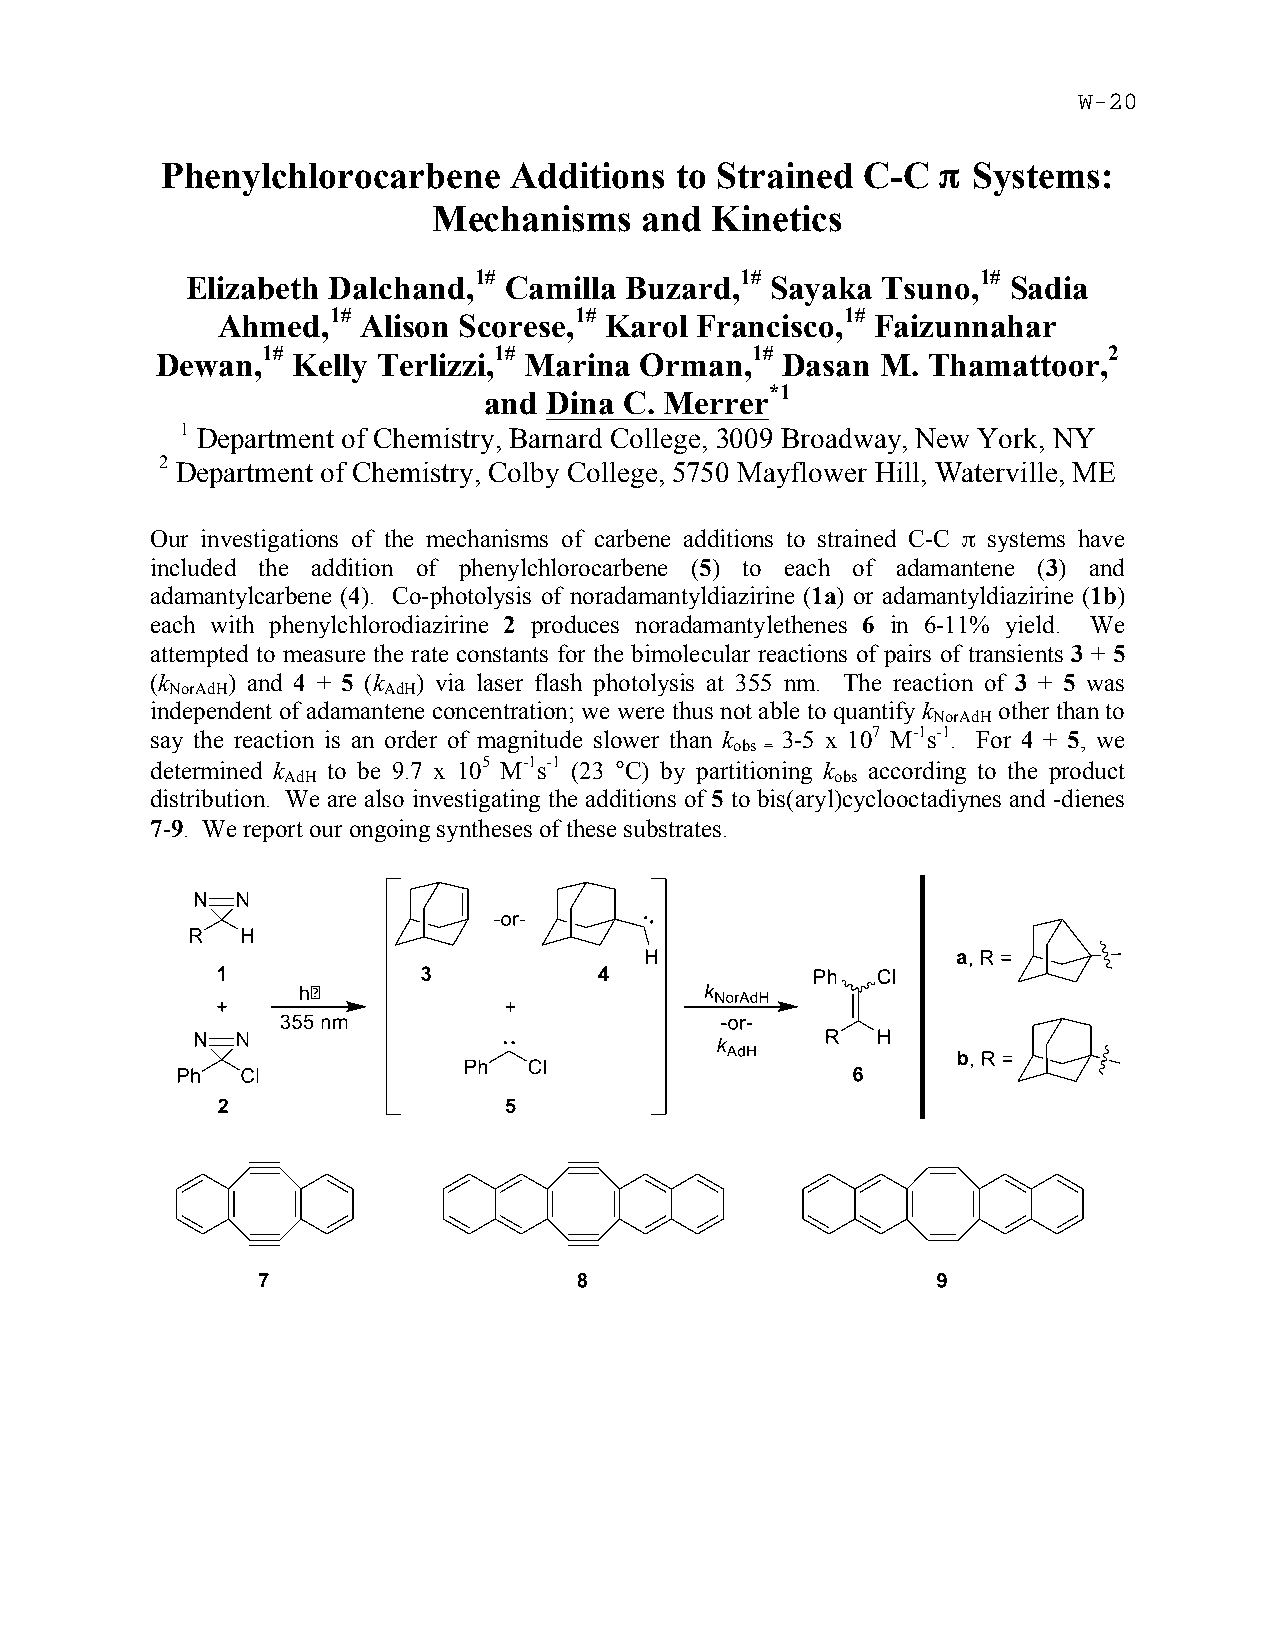
Phenylchlorocarbene    Additions  to Strained C-C  π Systems:
 Mechanisms   and  Kinetics
 1#                1#              1#
 Elizabeth Dalchand,  Camilla Buzard,   Sayaka Tsuno,   Sadia
 1#              1#                1#
 Ahmed,    Alison Scorese, Karol Francisco,  Faizunnahar
 1#              1#               1#                     2
 Dewan,   Kelly Terlizzi, Marina Orman,    Dasan M. Thamattoor,
 *1
 and Dina C. Merrer
 1 Department of Chemistry, Barnard College, 3009 Broadway, New York, NY
 2 Department of Chemistry, Colby College, 5750 Mayflower Hill, Waterville, ME
 Our investigations of the mechanisms of carbene additions to strained C-C π systems have
 included the addition of phenylchlorocarbene (5) to each of adamantene (3) and
 adamantylcarbene (4). Co-photolysis of noradamantyldiazirine (1a) or adamantyldiazirine (1b)
 each with phenylchlorodiazirine 2 produces noradamantylethenes 6 in 6-11% yield. We
 attempted to measure the rate constants for the bimolecular reactions of pairs of transients 3 + 5
 (k   ) and 4 + 5 (k ) via laser flash photolysis at 355 nm. The reaction of 3 + 5 was
 NorAdH        AdH
 independent of adamantene concentration; we were thus not able to quantify k other than to
 NorAdH
 say the reaction is an order of magnitude slower than k 3-5 x 107 M-1s-1. For 4 + 5, we
 obs =
 determined k to be 9.7 x 105 M-1s-1 (23 °C) by partitioning k according to the product
 AdH                                 obs
 distribution. We are also investigating the additions of 5 to bis(aryl)cyclooctadiynes and -dienes
 7-9. We report our ongoing syntheses of these substrates.